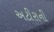
અટીરાની